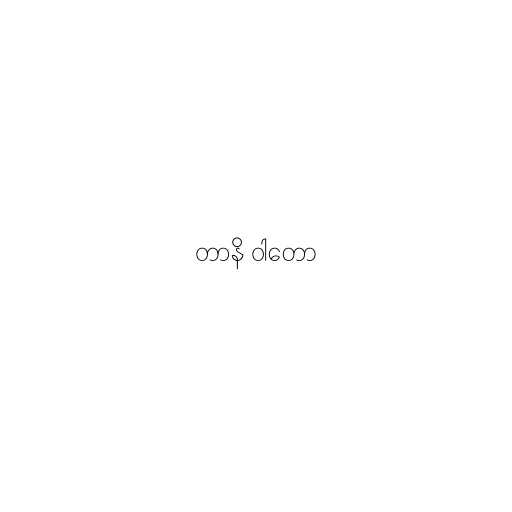
တာနိ ဝါတော